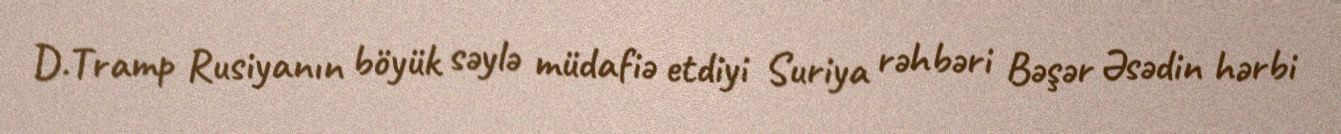
D.Tramp Rusiyanın böyük səylə müdafiə etdiyi Suriya rəhbəri Bəşər Əsədin hərbi